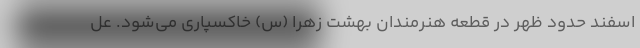
اسفند حدود ظهر در قطعه هنرمندان بهشت زهرا (س) خاکسپاری می‌شود. عل